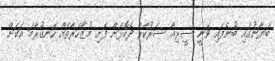
ބަޔާނުގައި ބުނެފައި ވަނީ ސީރިއާ ސަރުކާރާ ދެކޮޅަށް ފެށި މުޒާހަރާތައް ހަނގުރާމަ އަކަށް